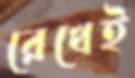
রেখেই